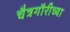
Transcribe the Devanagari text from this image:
चैत्रगौरीच्या